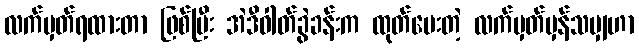
လက်မှတ်ရထားတာ ဖြစ်ပြီး အဲဒီဓါတ်ခွဲခန်းက ထုတ်ပေးတဲ့ လက်မှတ်မှန်သမျှဟာ